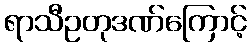
ရာသီဥတုဒဏ်ကြောင့်